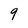
Character: 9